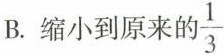
B. 缩小到原来的\frac{3}{1}